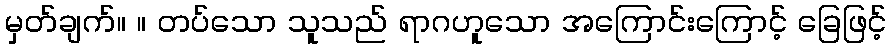
မှတ်ချက်။ ။ တပ်သော သူသည် ရာဂဟူသော အကြောင်းကြောင့် ခြေဖြင့်